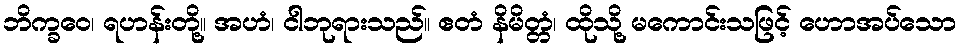
ဘိက္ခဝေ၊ ရဟန်းတို့။ အဟံ၊ ငါဘုရားသည်။ ဧတံ နိမိတ္တံ၊ ထိုသို့ မကောင်းသဖြင့် ဟောအပ်သော